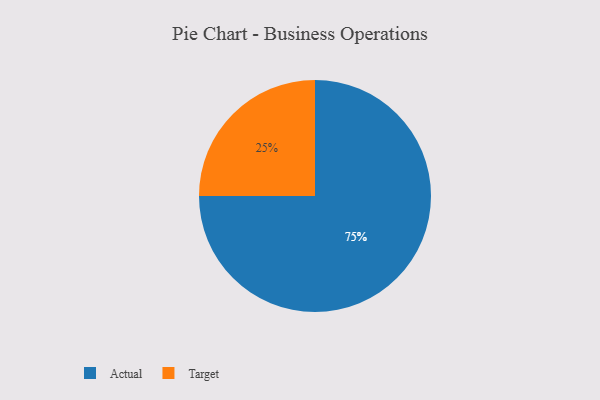
{"axis": {"x": "Category", "y": "Percentage"}, "legend": ["Actual", "Target"], "data": [{"x": "Target", "y": 25, "type": "Target"}, {"x": "Actual", "y": 75, "type": "Actual"}]}